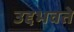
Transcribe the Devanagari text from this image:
उद्दभवते